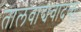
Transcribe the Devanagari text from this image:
तालवाद्यवादक